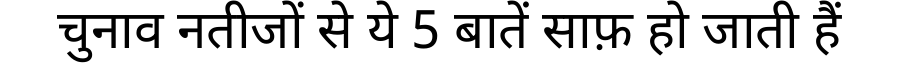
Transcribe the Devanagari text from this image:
चुनाव नतीजों से ये 5 बातें साफ़ हो जाती हैं